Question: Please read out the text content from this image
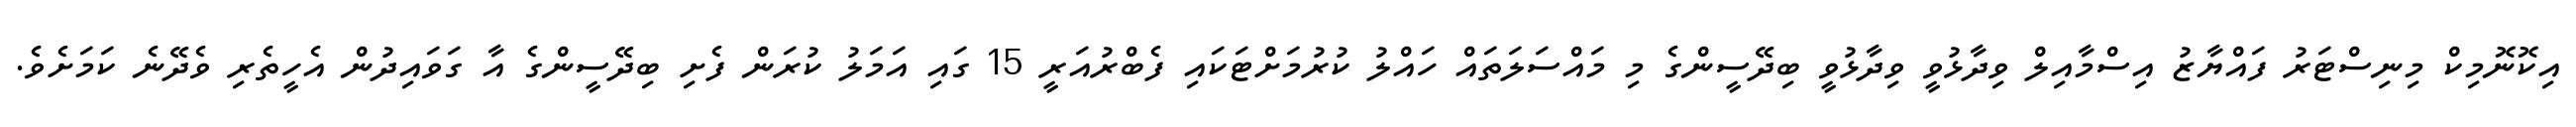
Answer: އިކޮނޮމިކް މިނިސްޓަރު ފައްޔާޒު އިސްމާއިލް ވިދާޅުވީ ވިދާޅުވީ ބިދޭސީންގެ މި މައްސަލަތައް ހައްލު ކުރުމަށްޓަކައި ފެބްރުއަރީ 15 ގައި އަމަލު ކުރަން ފެށި ބިދޭސީންގެ އާ ގަވައިދުން އެހީތެރި ވެދޭނެ ކަމަށެވެ.